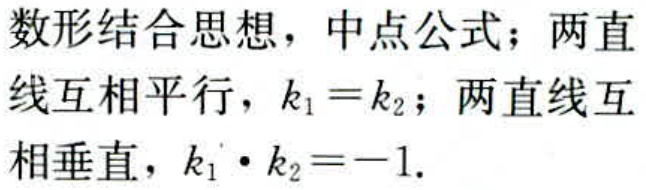
数形结合思想，中点公式；两直
线互相平行，\(k_{1}=k_{2}\)；两直线互
相垂直，\(k_{1}\cdot k_{2}=-1\).